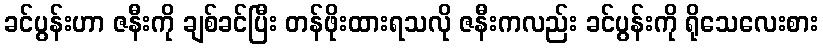
ခင်ပွန်းဟာ ဇနီးကို ချစ်ခင်ပြီး တန်ဖိုးထားရသလို ဇနီးကလည်း ခင်ပွန်းကို ရိုသေလေးစား